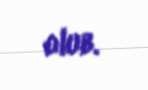
olub.